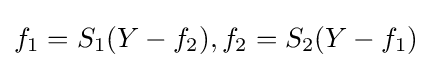
f_{1}=S_{1}(Y-f_{2}),f_{2}=S_{2}(Y-f_{1})